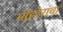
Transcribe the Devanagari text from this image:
मोहोरांचा